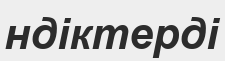
ндіктерді